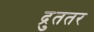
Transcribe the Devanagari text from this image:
द्रुततर